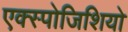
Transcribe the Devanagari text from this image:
एक्स्पोजिशियो